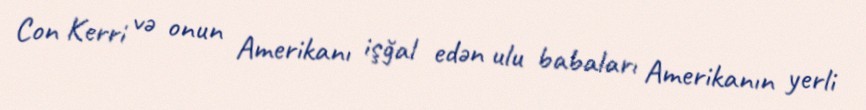
Con Kerri və onun Amerikanı işğal edən ulu babaları Amerikanın yerli